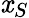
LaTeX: \mathit{x}_{S}